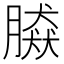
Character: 𦠎